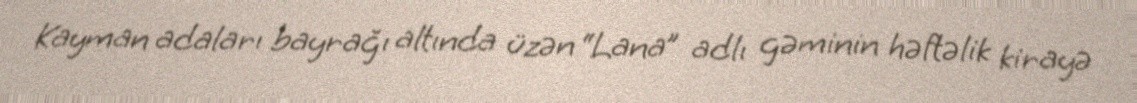
Kayman adaları bayrağı altında üzən “Lana” adlı gəminin həftəlik kirayə